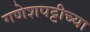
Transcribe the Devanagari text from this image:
गणेशपट्टीच्या